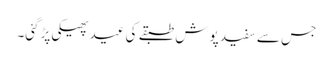
جس سے سفید پوش طبقے کی عید پھیکی پڑگئی۔